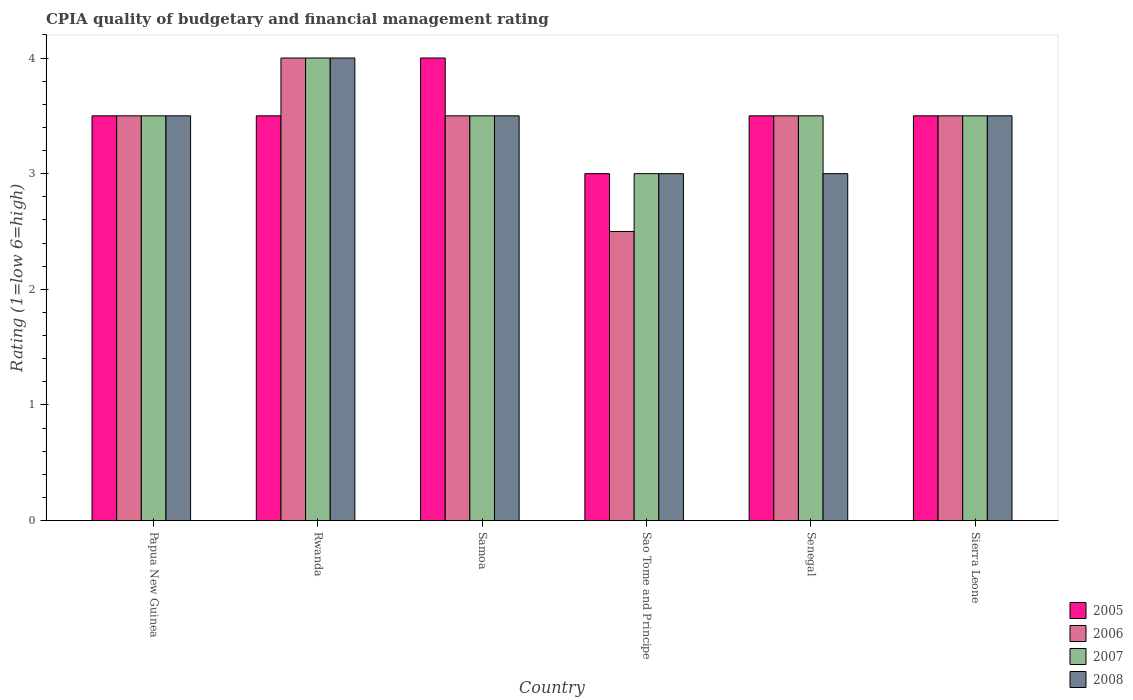
| Country | 2005 | 2006 | 2007 | 2008 |
 | --- | --- | --- | --- | --- |
 | Papua New Guinea | 3.5 | 3.5 | 3.5 | 3.5 |
 | Rwanda | 3.5 | 4 | 4 | 4 |
 | Samoa | 4 | 3.5 | 3.5 | 3.5 |
 | Sao Tome and Principe | 3 | 2.5 | 3 | 3 |
 | Senegal | 3.5 | 3.5 | 3.5 | 3 |
 | Sierra Leone | 3.5 | 3.5 | 3.5 | 3.5 |